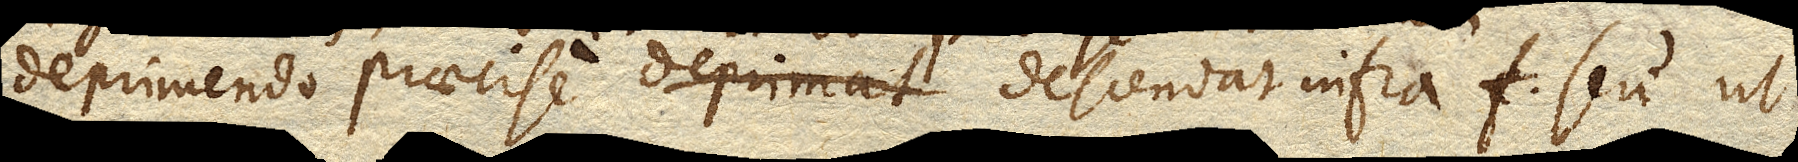
deprimendo praecise deprimat descendat infra f seu ut